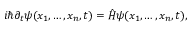
i \hbar \partial _ { t } \psi ( x _ { 1 } , \dots , x _ { n } , t ) = \hat { H } \psi ( x _ { 1 } , \dots , x _ { n } , t ) ,